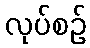
လုပ်စဉ်